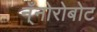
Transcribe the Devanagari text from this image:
न्ँनोरोबोट